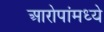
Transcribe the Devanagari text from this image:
आरोपांमध्ये